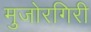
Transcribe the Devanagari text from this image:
मुजोरगिरी